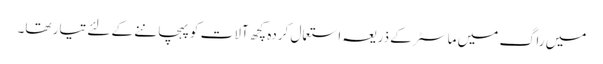
میں راگ میں ماسٹر کے ذریعہ استعمال کردہ کچھ آلات کو پہچاننے کے لئے تیار تھا۔